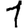
Digit: 1